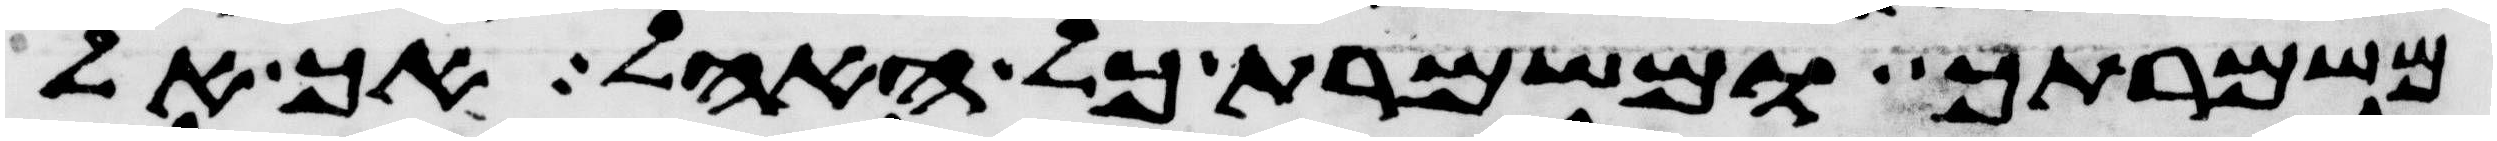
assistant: משמרתך ומשמרת כל האהל אך אל